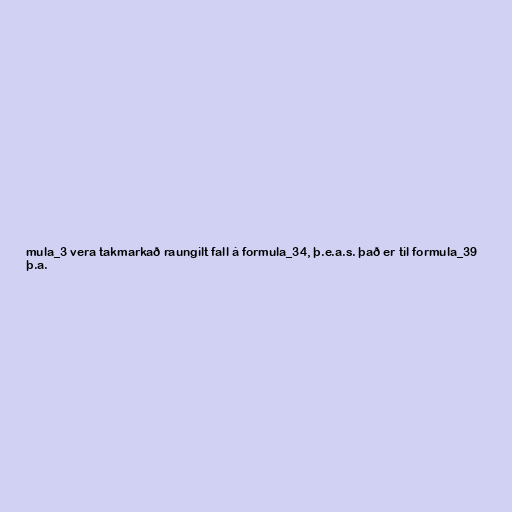
mula_3 vera takmarkað raungilt fall á formula_34, þ.e.a.s. það er til formula_39
þ.a.